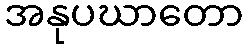
အနုပဃာတော